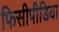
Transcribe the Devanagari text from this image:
फिसीपीडिया